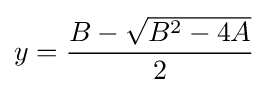
y={\frac {B-{\sqrt {B^{2}-4A}}}{2}}